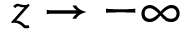
z \rightarrow { - \infty }